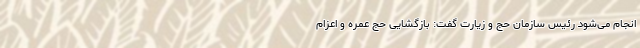
انجام می‌شود رئیس سازمان حج و زیارت گفت: بازگشایی حج عمره و اعزام